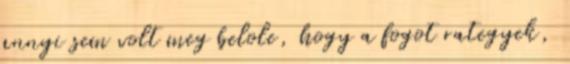
annyi sem volt meg belole, hogy a fogot rategyek,